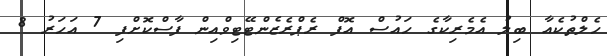
ހެލްތުކެއާ ބިލު އެމެރިކާގެ ހައުސް އޮފް ރެޕްރެޒެންޓޭޓިވްއިން ފާސްކޮށްފި 7 އަހަރު 8